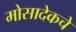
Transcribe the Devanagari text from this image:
मोसादेकचे